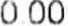
0.00